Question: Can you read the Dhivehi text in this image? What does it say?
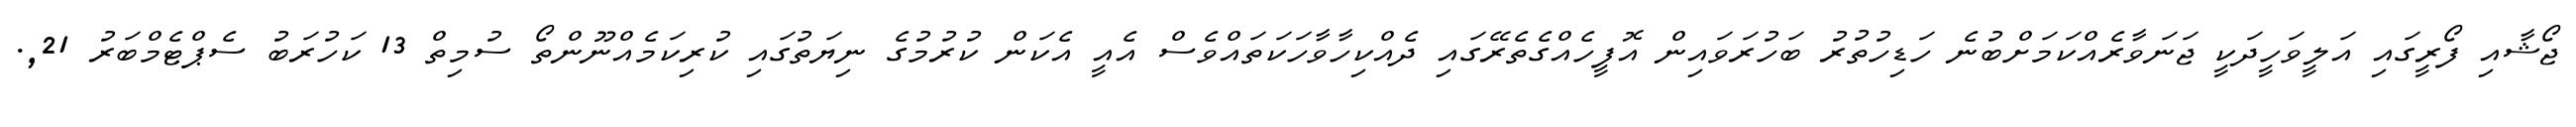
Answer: ޖޯޝާއި ފޯރީގައި އަލީވަހީދަކީ ޖަނަވާރެއްކަމަށްބުނެ ހަޑިހުތުރު ބަހުރަވައިން އޮފީހެއްގެތެރޭގައި ދެއްކިހާވާހަކަތައްވެސް އެއީ އެކަން ކުރުމުގެ ނިޔަތުގައި ކުރިކަމެއްނޫންތޯ ސުމިތް 13 ކަހުރަބު ސެޕްޓެމްބަރު 21,.